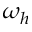
\omega _ { h }